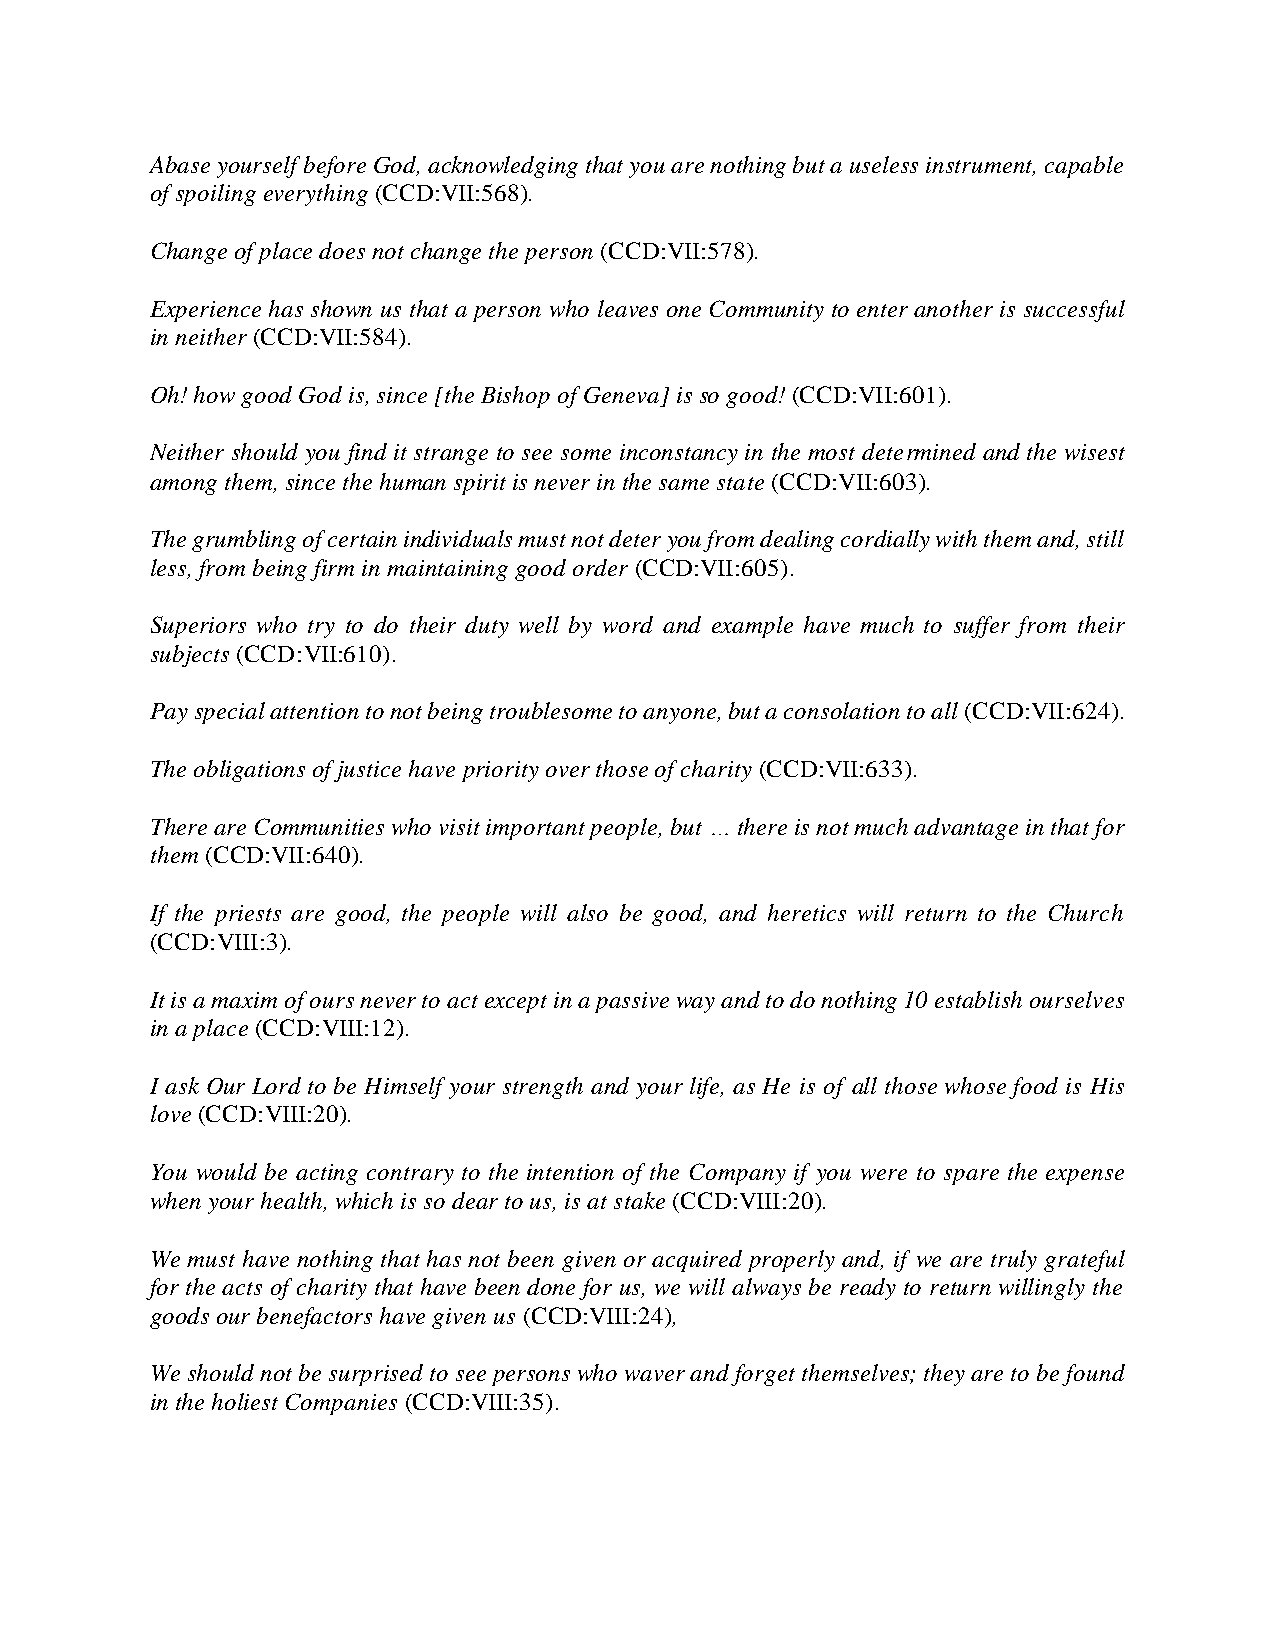
Abase yourself before God, acknowledging that you are nothing but a useless instrument, capable
 of spoiling everything (CCD:VII:568).
 Change of place does not change the person (CCD:VII:578).
 Experience has shown us that a person who leaves one Community to enter another is successful
 in neither (CCD:VII:584).
 Oh! how good God is, since [the Bishop of Geneva] is so good! (CCD:VII:601).
 Neither should you find it strange to see some inconstancy in the most determined and the wisest
 among them, since the human spirit is never in the same state (CCD:VII:603).
 The grumbling of certain individuals must not deter you from dealing cordially with them and, still
 less, from being firm in maintaining good order (CCD:VII:605).
 Superiors who try to do their duty well by word and example have much to suffer from their
 subjects (CCD:VII:610).
 Pay special attention to not being troublesome to anyone, but a consolation to all (CCD:VII:624).
 The obligations of justice have priority over those of charity (CCD:VII:633).
 There are Communities who visit important people, but … there is not much advantage in that for
 them (CCD:VII:640).
 If the priests are good, the people will also be good, and heretics will return to the Church
 (CCD:VIII:3).
 It is a maxim of ours never to act except in a passive way and to do nothing 10 establish ourselves
 in a place (CCD:VIII:12).
 I ask Our Lord to be Himself your strength and your life, as He is of all those whose food is His
 love (CCD:VIII:20).
 You would be acting contrary to the intention of the Company if you were to spare the expense
 when your health, which is so dear to us, is at stake (CCD:VIII:20).
 We must have nothing that has not been given or acquired properly and, if we are truly grateful
 for the acts of charity that have been done for us, we will always be ready to return willingly the
 goods our benefactors have given us (CCD:VIII:24),
 We should not be surprised to see persons who waver and forget themselves; they are to be found
 in the holiest Companies (CCD:VIII:35).